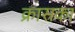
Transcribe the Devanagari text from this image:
क्रासका